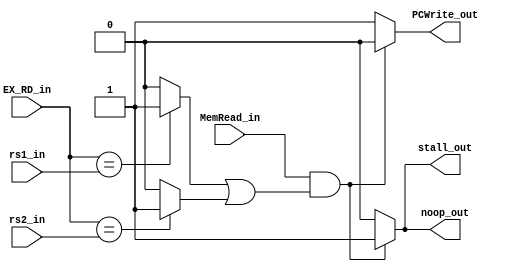
module Hazard_detection 
(EX_RD_in, rs1_in, rs2_in, MemRead_in, PCWrite_out, noop_out, stall_out);

input [4:0] EX_RD_in, rs1_in, rs2_in;
input MemRead_in;
output PCWrite_out, noop_out, stall_out;
wire equal_rd_rs1,equal_rd_rs2;
assign equal_rd_rs1=(EX_RD_in==rs1_in)?1:0;
assign equal_rd_rs2=(EX_RD_in==rs2_in)?1:0;
reg PCWrite_out, noop_out, stall_out;
	
always@(MemRead_in or equal_rd_rs1 or equal_rd_rs2) begin
	if(MemRead_in && (equal_rd_rs1 || equal_rd_rs2)) begin 
			PCWrite_out<=0;noop_out<=1;stall_out<=1; 
	end
	else begin 
			PCWrite_out<=1;noop_out<=0;stall_out<=0;
	end
end
endmodule